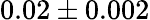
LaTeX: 0.02\pm 0.002